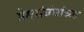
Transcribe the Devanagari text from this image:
प्रेमसंबंधांच्या